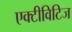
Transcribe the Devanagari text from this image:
एक्टीविटिज